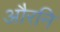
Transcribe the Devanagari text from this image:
औरनि